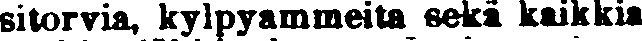
sitorvia, kylpyammeita sekä kaikkia